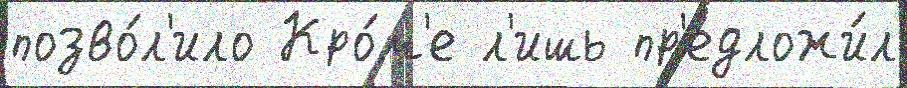
позво́л'ило Кро́м'е л'ишь пр'едложи́л